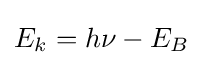
E_{k}=h\nu -E_{B}